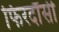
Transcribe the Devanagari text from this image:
फिरदौंसी